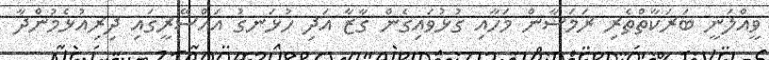
ވީއްލަނީ ބަރަކާތްތެރި ރަމަޟާން މަހާއި ގުޅުވައިގެން ގާޒާ އަދި ހުޅަނގު އައްސޭރީގައި ދިރިއުޅެމުންދާ